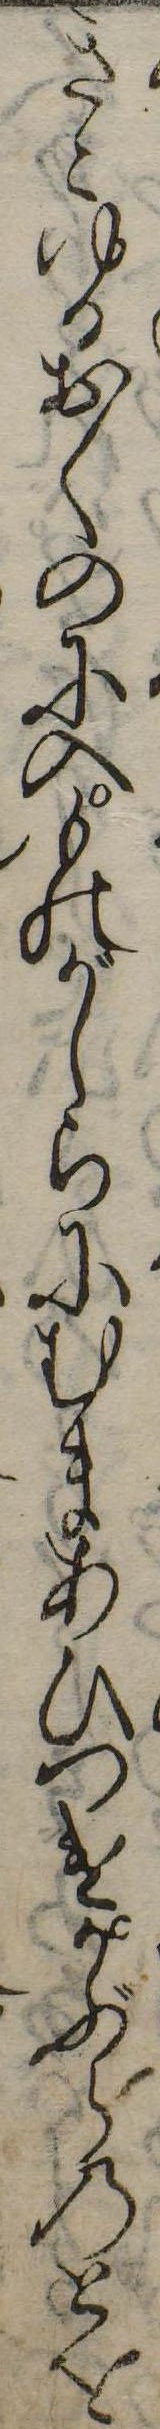
きこゆるおくのに入ものがしらにむまあひつれかぶらのとを